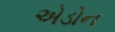
એડોન